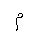
Letter: _mim